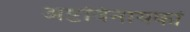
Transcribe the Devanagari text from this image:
अष्टविनायकां